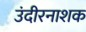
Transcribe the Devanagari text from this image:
उंदीरनाशक